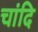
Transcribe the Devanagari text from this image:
चांदि